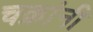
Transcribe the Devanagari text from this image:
चक्रांनी